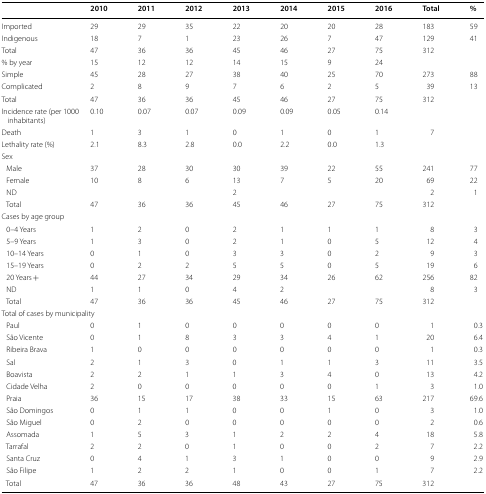
<table><thead><tr><td></td><td><b>2010</b></td><td><b>2011</b></td><td><b>2012</b></td><td><b>2013</b></td><td><b>2014</b></td><td><b>2015</b></td><td><b>2016</b></td><td><b>Total</b></td><td><b>%</b></td></tr></thead><tbody><tr><td>Imported</td><td>29</td><td>29</td><td>35</td><td>22</td><td>20</td><td>20</td><td>28</td><td>183</td><td>59</td></tr><tr><td>Indigenous</td><td>18</td><td>7</td><td>1</td><td>23</td><td>26</td><td>7</td><td>47</td><td>129</td><td>41</td></tr><tr><td>Total</td><td>47</td><td>36</td><td>36</td><td>45</td><td>46</td><td>27</td><td>75</td><td>312</td><td></td></tr><tr><td>% by year</td><td>15</td><td>12</td><td>12</td><td>14</td><td>15</td><td>9</td><td>24</td><td></td><td></td></tr><tr><td>Simple</td><td>45</td><td>28</td><td>27</td><td>38</td><td>40</td><td>25</td><td>70</td><td>273</td><td>88</td></tr><tr><td>Complicated</td><td>2</td><td>8</td><td>9</td><td>7</td><td>6</td><td>2</td><td>5</td><td>39</td><td>13</td></tr><tr><td>Total</td><td>47</td><td>36</td><td>36</td><td>45</td><td>46</td><td>27</td><td>75</td><td>312</td><td></td></tr><tr><td>Incidence rate (per 1000 inhabitants)</td><td>0.10</td><td>0.07</td><td>0.07</td><td>0.09</td><td>0.09</td><td>0.05</td><td>0.14</td><td></td><td></td></tr><tr><td>Death</td><td>1</td><td>3</td><td>1</td><td>0</td><td>1</td><td>0</td><td>1</td><td>7</td><td></td></tr><tr><td>Lethality rate (%)</td><td>2.1</td><td>8.3</td><td>2.8</td><td>0.0</td><td>2.2</td><td>0.0</td><td>1.3</td><td></td><td></td></tr><tr><td colspan="10">Sex</td></tr><tr><td> Male</td><td>37</td><td>28</td><td>30</td><td>30</td><td>39</td><td>22</td><td>55</td><td>241</td><td>77</td></tr><tr><td> Female</td><td>10</td><td>8</td><td>6</td><td>13</td><td>7</td><td>5</td><td>20</td><td>69</td><td>22</td></tr><tr><td> ND</td><td></td><td></td><td></td><td>2</td><td></td><td></td><td></td><td>2</td><td>1</td></tr><tr><td> Total</td><td>47</td><td>36</td><td>36</td><td>45</td><td>46</td><td>27</td><td>75</td><td>312</td><td></td></tr><tr><td colspan="10">Cases by age group</td></tr><tr><td> 0–4 Years</td><td>1</td><td>2</td><td>0</td><td>2</td><td>1</td><td>1</td><td>1</td><td>8</td><td>3</td></tr><tr><td> 5–9 Years</td><td>1</td><td>3</td><td>0</td><td>2</td><td>1</td><td>0</td><td>5</td><td>12</td><td>4</td></tr><tr><td> 10–14 Years</td><td>0</td><td>1</td><td>0</td><td>3</td><td>3</td><td>0</td><td>2</td><td>9</td><td>3</td></tr><tr><td> 15–19 Years</td><td>0</td><td>2</td><td>2</td><td>5</td><td>5</td><td>0</td><td>5</td><td>19</td><td>6</td></tr><tr><td> 20 Years +</td><td>44</td><td>27</td><td>34</td><td>29</td><td>34</td><td>26</td><td>62</td><td>256</td><td>82</td></tr><tr><td> ND</td><td>1</td><td>1</td><td>0</td><td>4</td><td>2</td><td></td><td></td><td>8</td><td>3</td></tr><tr><td> Total</td><td>47</td><td>36</td><td>36</td><td>45</td><td>46</td><td>27</td><td>75</td><td>312</td><td></td></tr><tr><td colspan="10">Total of cases by municipality</td></tr><tr><td> Paul</td><td>0</td><td>1</td><td>0</td><td>0</td><td>0</td><td>0</td><td>0</td><td>1</td><td>0.3</td></tr><tr><td> São Vicente</td><td>0</td><td>1</td><td>8</td><td>3</td><td>3</td><td>4</td><td>1</td><td>20</td><td>6.4</td></tr><tr><td> Ribeira Brava</td><td>1</td><td>0</td><td>0</td><td>0</td><td>0</td><td>0</td><td>0</td><td>1</td><td>0.3</td></tr><tr><td> Sal</td><td>2</td><td>1</td><td>3</td><td>0</td><td>1</td><td>1</td><td>3</td><td>11</td><td>3.5</td></tr><tr><td> Boavista</td><td>2</td><td>2</td><td>1</td><td>1</td><td>3</td><td>4</td><td>0</td><td>13</td><td>4.2</td></tr><tr><td> Cidade Velha</td><td>2</td><td>0</td><td>0</td><td>0</td><td>0</td><td>0</td><td>1</td><td>3</td><td>1.0</td></tr><tr><td> Praia</td><td>36</td><td>15</td><td>17</td><td>38</td><td>33</td><td>15</td><td>63</td><td>217</td><td>69.6</td></tr><tr><td> São Domingos</td><td>0</td><td>1</td><td>1</td><td>0</td><td>0</td><td>1</td><td>0</td><td>3</td><td>1.0</td></tr><tr><td> São Miguel</td><td>0</td><td>2</td><td>0</td><td>0</td><td>0</td><td>0</td><td>0</td><td>2</td><td>0.6</td></tr><tr><td> Assomada</td><td>1</td><td>5</td><td>3</td><td>1</td><td>2</td><td>2</td><td>4</td><td>18</td><td>5.8</td></tr><tr><td> Tarrafal</td><td>2</td><td>2</td><td>0</td><td>1</td><td>0</td><td>0</td><td>2</td><td>7</td><td>2.2</td></tr><tr><td> Santa Cruz</td><td>0</td><td>4</td><td>1</td><td>3</td><td>1</td><td>0</td><td>0</td><td>9</td><td>2.9</td></tr><tr><td> São Filipe</td><td>1</td><td>2</td><td>2</td><td>1</td><td>0</td><td>0</td><td>1</td><td>7</td><td>2.2</td></tr><tr><td> Total</td><td>47</td><td>36</td><td>36</td><td>48</td><td>43</td><td>27</td><td>75</td><td>312</td><td></td></tr></tbody></table>